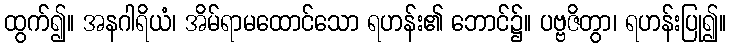
ထွက်၍။ အနဂါရိယံ၊ အိမ်ရာမထောင်သော ရဟန်း၏ ဘောင်၌။ ပဗ္ဗဇိတွာ၊ ရဟန်းပြု၍။